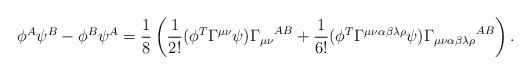
LaTeX: \begin{align*}\phi^{A}\psi^{B}-\phi^{B}\psi^{A}=\frac{1}{8}\left(\frac{1}{2!}(\phi^{T}\Gamma^{\mu\nu}\psi){\Gamma_{\mu\nu}}^{AB}+\frac{1}{6!}(\phi^{T}\Gamma^{\mu\nu\alpha\beta\lambda\rho}\psi){\Gamma_{\mu\nu\alpha\beta\lambda\rho}}^{AB}\right).\end{align*}